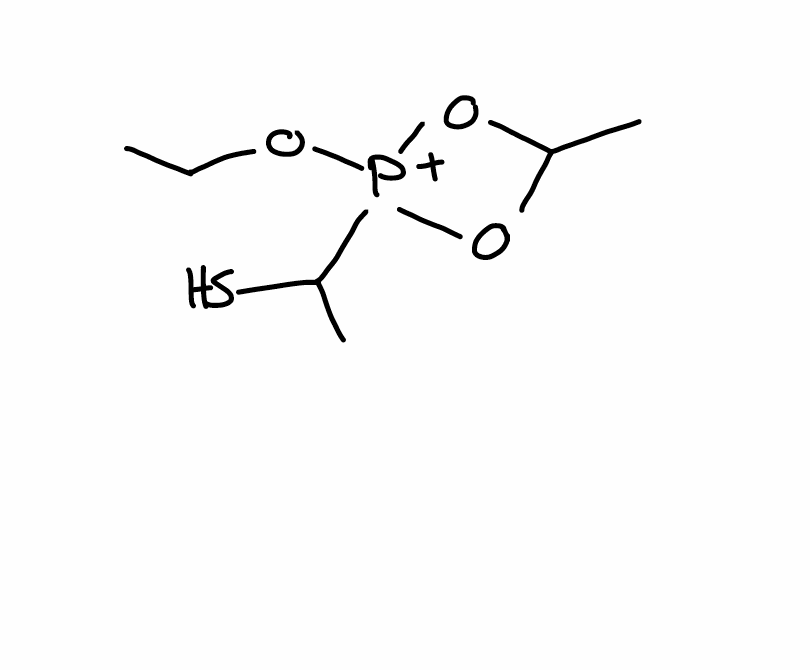
Simplified molecular-input line-entry system (SMILES) notation of the given molecule:
CCO[P+]1(OC(O1)C)C(C)S